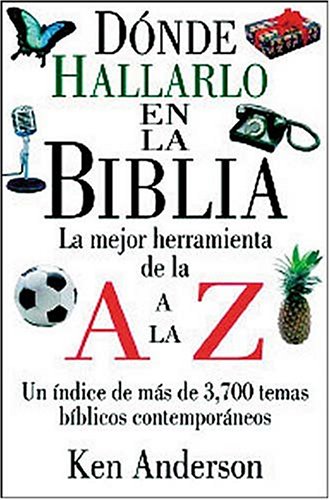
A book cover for DÃ³nde Hallarlo En La Biblia De La A A La Z; Ken Anderson; Christian Books & Bibles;